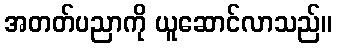
အတတ်ပညာကို ယူဆောင်လာသည်။